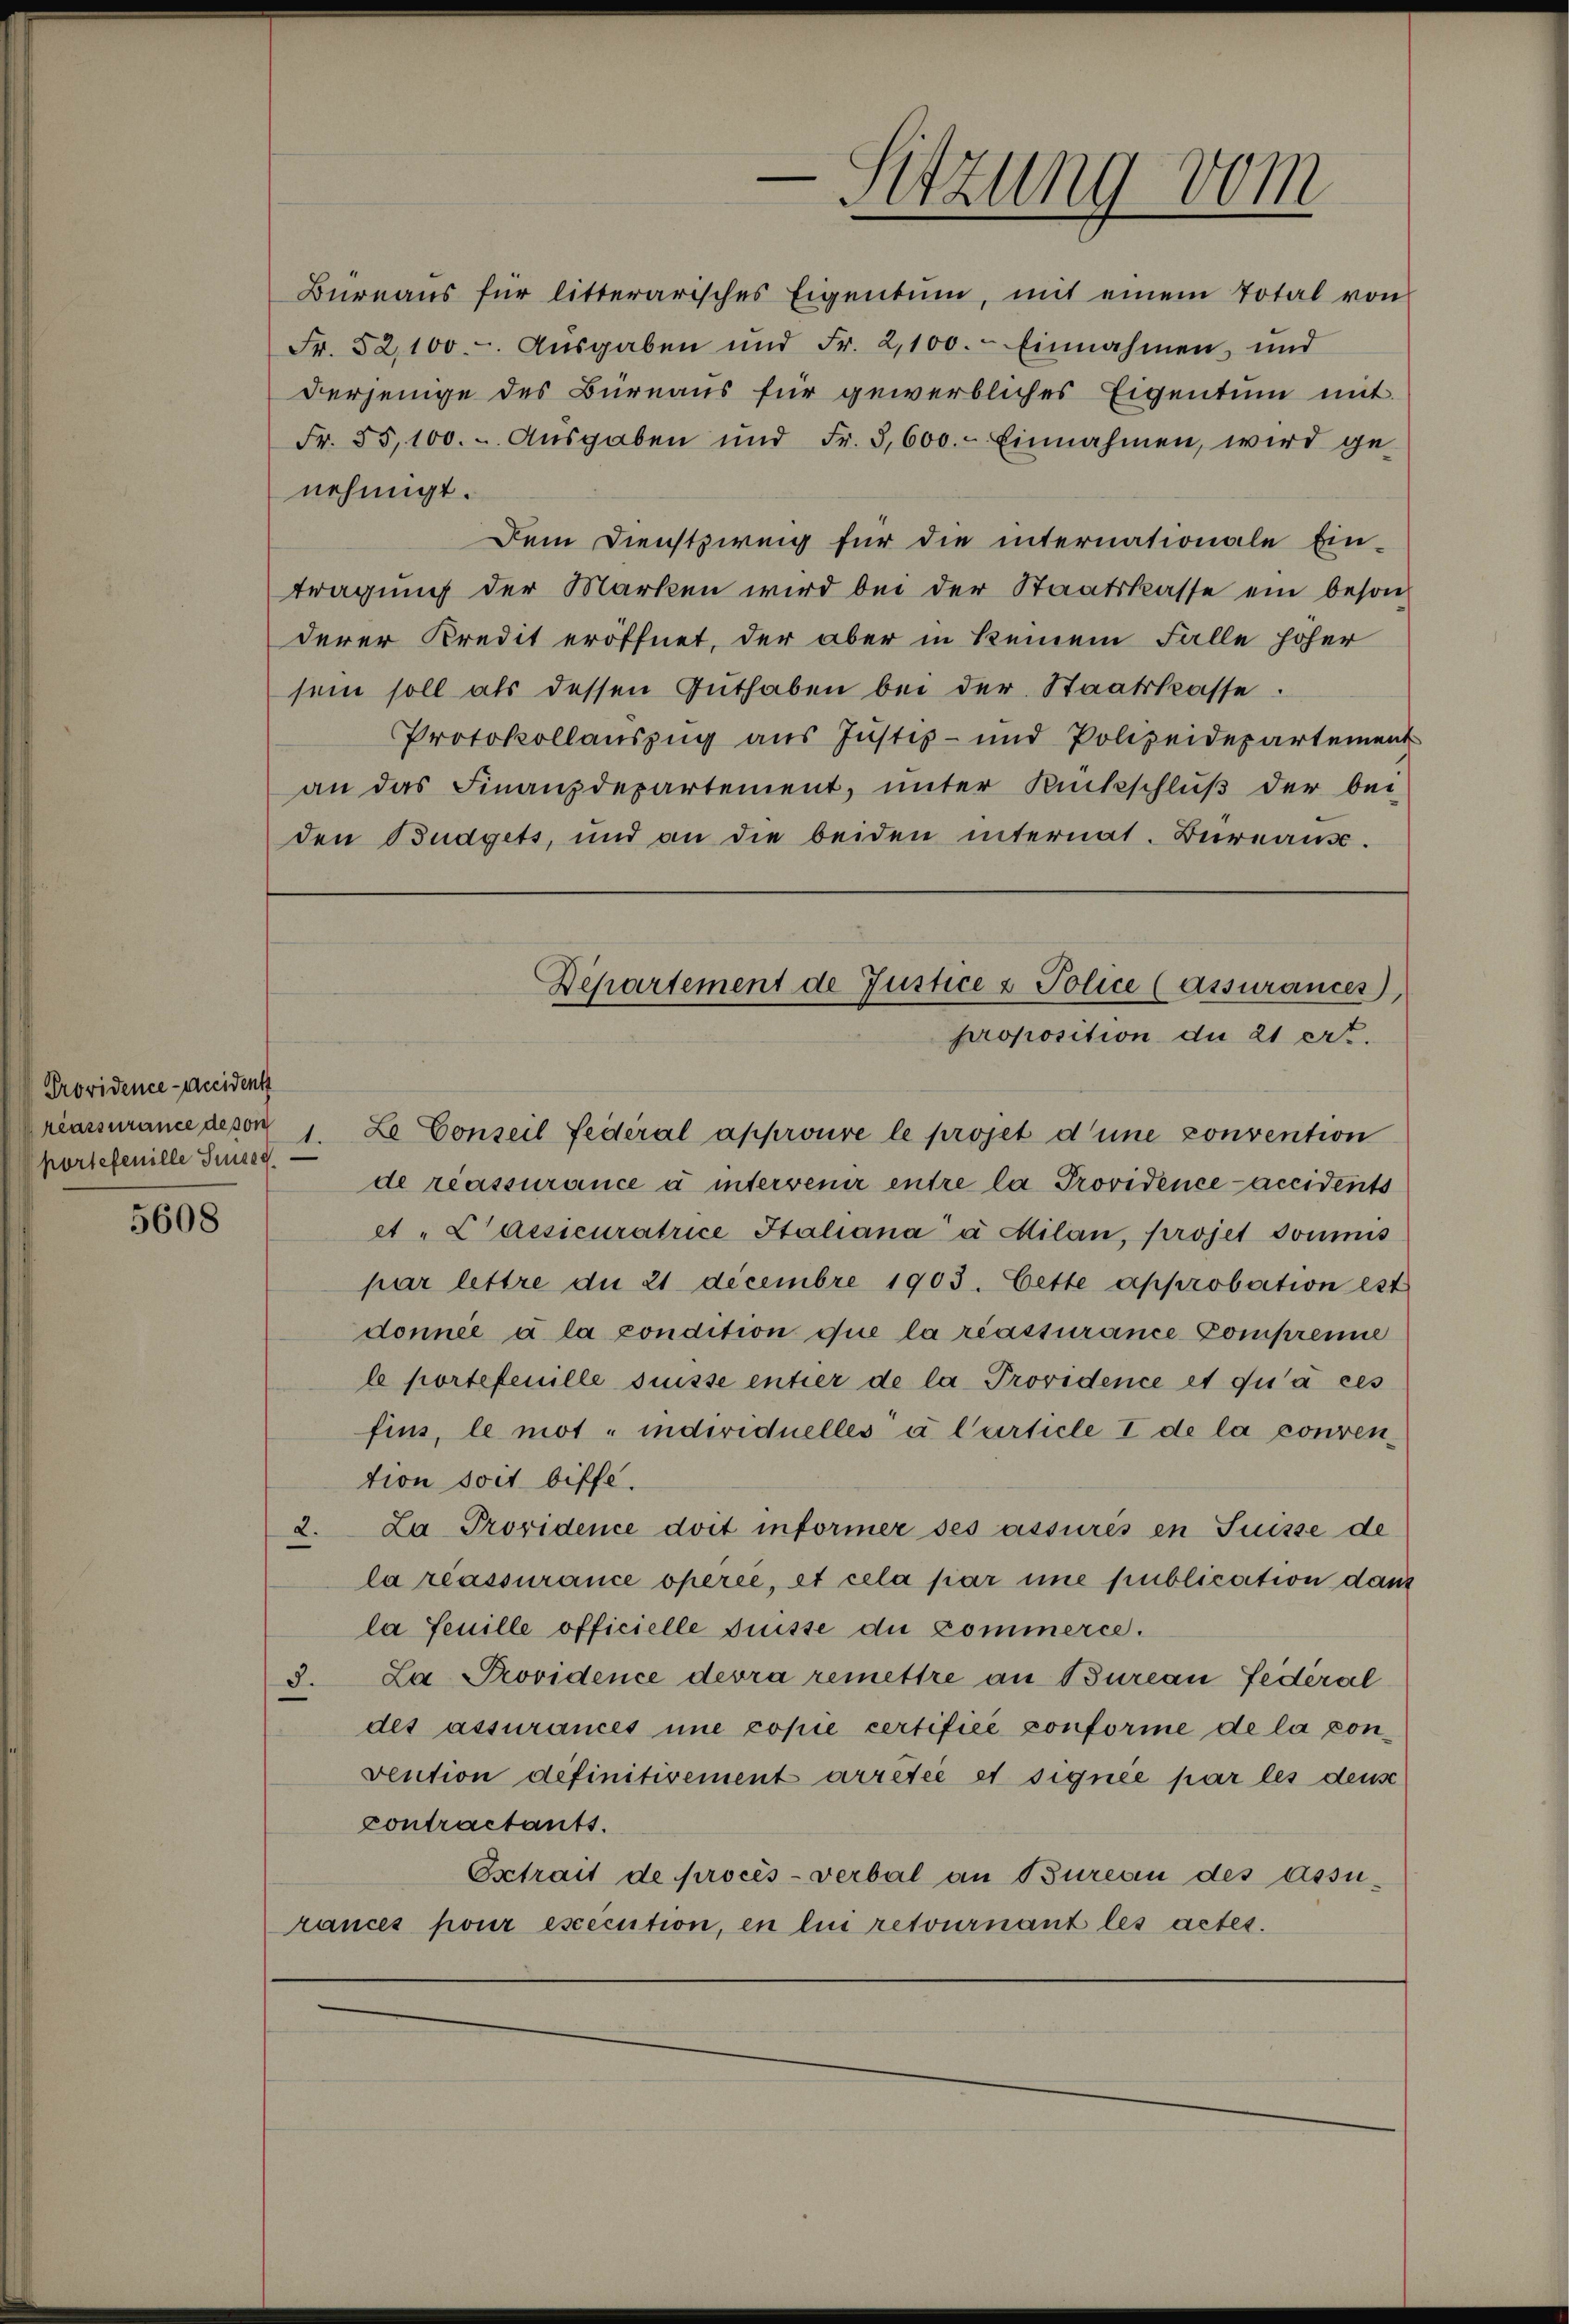
Providence-Accident
portefenille Seeg

5608

Büreaŭs für litterarisches Eigentum, mit einem Total von
Fr. 52,100.-. Aŭsgaben und Fr. 2,100. Einnahmen, und
derjenige des Büreaus für gewerbliches Eigentum mit
Fr. 55,100. - Aŭsgaben und Fr. 3,600. Einnahmen, wird ge-
nehmigt.
Dem Dienstzweig für die internationale Ein-
tragung der Marken wird bei der Staatskasse ein beson-
derer Kredit eröffnet, der aber in keinem Falle höher
sein soll als dessen Guthaben bei der Staatskasse.
Protokollauszug aus Justiz- und Polizeidepartement
an das Finanzdepartement, ŭnter Rückschlŭβ der bei-
den Budgets, und an die beiden internat. Büreaus.

riassurance devon 1. Le Conseil fédéral approure le projet d’une convention
de réassurance à intervenir entre la Providence accidents
et "Laesicuratrice Italiana à Milan, projet soumis
par lettre du 21 decembre 1903. Cette approbation est
donnée à la condition que la réassurance Comprenne
le portefeuille süsse entzer de la Providence et qu’à ces
fins, le mot , individuelles u. Curticle I de la convention soit biffe.
2. La Providence doit informer ses assurés en Suisse de
la réassurance opérée, et cela par une publication dann
la feuille officielle Prisse die Commerce.
3. La Providence devra remettre an Bureau fédéral
des assurances une copie certifice conforme de la convention definitivement arrêtée et signée par les dense
contractants.
Estrait de procès-verbal an Bureau des assu-
rances pour execution, en lui retournant les actes.

-Sitzung vom

Departement de Justice & Police (assurances),
proposition du 21 ert.